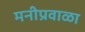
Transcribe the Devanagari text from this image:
मनीप्रवाळा